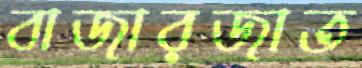
বাজারজাত